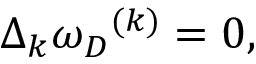
\Delta _ { k } { \omega _ { D } } ^ { ( k ) } = 0 ,